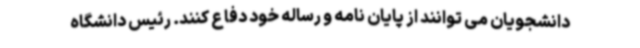
دانشجویان می توانند از پایان نامه و رساله خود دفاع کنند. رئیس دانشگاه